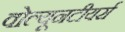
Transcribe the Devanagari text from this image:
वोल्यूनटीयर्स